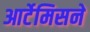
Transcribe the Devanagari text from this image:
आर्टेमिसने